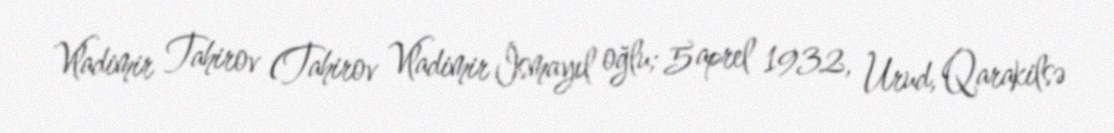
Vladimir Tahirov (Tahirov Vladimir İsmayıl oğlu; 5 aprel 1932, Urud, Qarakilsə